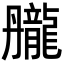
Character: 𪚘